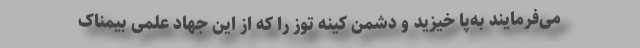
می‌فرمایند به‌پا خیزید و دشمن کینه توز را که از این جهاد علمی بیمناک